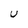
Character: U